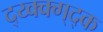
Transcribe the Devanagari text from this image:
द्य्क्क्ग्द्क